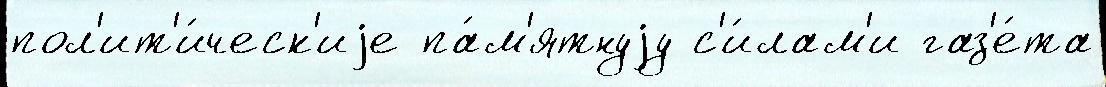
пол'ит'и́ческ'иjе па́м'ятнуjу с'и́лам'и газ'е́та